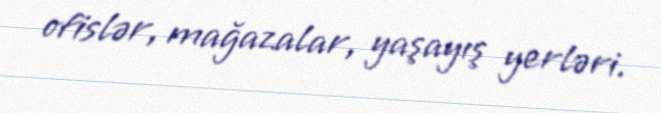
ofislər, mağazalar, yaşayış yerləri.